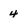
Character: 4